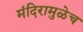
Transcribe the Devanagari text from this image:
मंदिरामुळेच